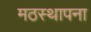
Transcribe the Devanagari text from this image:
मठस्थापना